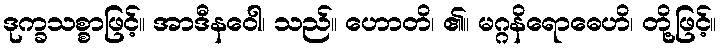
ဒုက္ခသစ္စာဖြင့်။ အာဒီနဝေါ၊ သည်။ ဟောတိ၊ ၏။ မဂ္ဂနိရောဓေဟိ၊ တို့ဖြင့်။